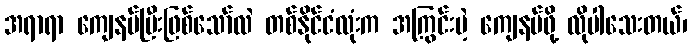
အရာရာ ကျေနပ်ပြီးဖြစ်သော်လဲ တစ်နိုင်ငံလုံးက အကြွင်းမဲ့ ကျေနပ်ဖို့ လိုပါသေးတယ်၊